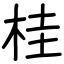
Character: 桂